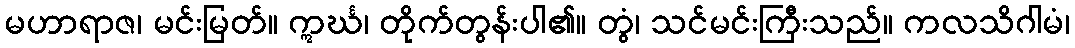
မဟာရာဇ၊ မင်းမြတ်။ ဣင်္ဃ၊ တိုက်တွန်းပါ၏။ တွံ၊ သင်မင်းကြီးသည်။ ကလသိဂါမံ၊